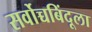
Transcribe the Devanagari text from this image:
सर्वोच्चबिंदूला